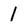
Character: 1